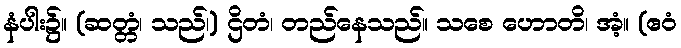
နံပါး၌။ (ဆတ္တံ၊ သည်၊) ဌိတံ၊ တည်နေသည်။ သစေ ဟောတိ၊ အံ့။ (ဧဝံ